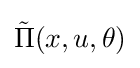
{\tilde {\Pi }}(x,u,\theta )